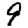
Digit: 9